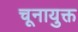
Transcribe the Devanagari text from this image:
चूनायुक्त